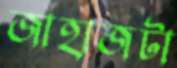
জাহাজটা